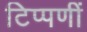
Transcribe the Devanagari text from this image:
टिप्पणीं